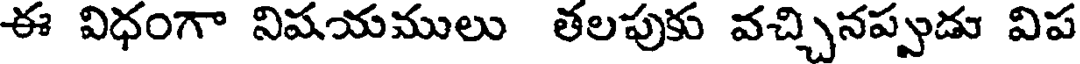
ఈ విధంగా నిషయములు తలపుకు వచ్చినప్పుడు విప